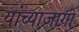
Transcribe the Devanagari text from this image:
यांच्याजागी